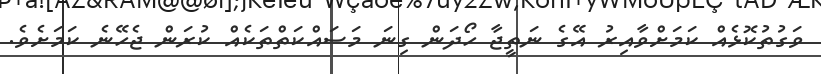
ވަގުތުކޮޅެއް ކަމަށްވާއިރު އޭގެ ނަތީޖާ ހޯދަން ގިނަ މަސައްކަތްތަކެއް ކުރަން ޖެހޭނެ ކަމަށެވެ.